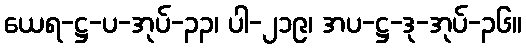
ယေရ-ဋ္ဌ-ပ-အုပ်-၃၃၊ ပါ-၂၁၉၊ အပ-ဋ္ဌ-ဒု-အုပ်-၃၆။